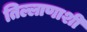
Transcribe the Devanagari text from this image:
तिल्लाणाशी